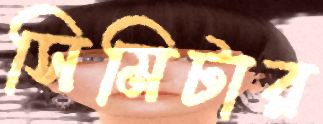
সিমিটার